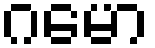
ဂမော